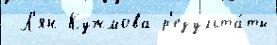
 Л'ян Кужмова р'езульта́ты